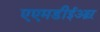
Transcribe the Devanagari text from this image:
एएमडीईआऱ